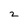
Character: 2